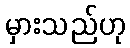
မှားသည်ဟု